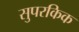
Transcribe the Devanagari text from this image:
सुपरकिक